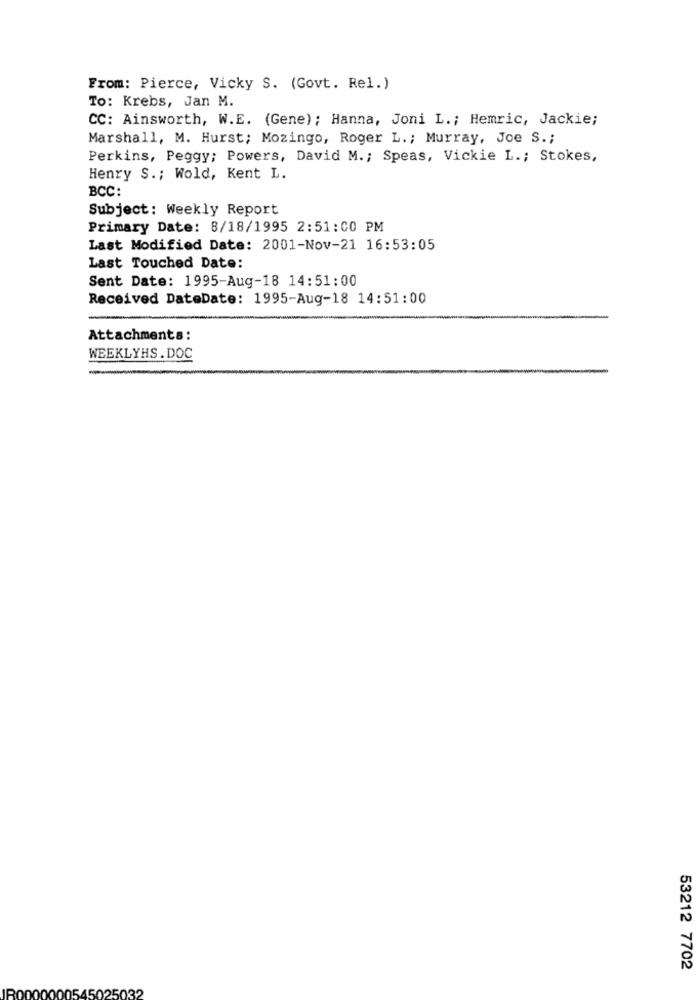
From: Pierce, Vicky S. (Govt. Rel.)
To: Krebs, Jan M.
CC: Ainsworth, W.E. (Gene); Hanna, Joni L .; Hemric, Jackie;
Marshall, M. Hurst; Mozingo, Roger L .; Murray, Joe S .;
Perkins, Peggy; Powers, David M .; Speas, Vickie L .; Stokes,
Henry S .; Wold, Kent L.
BCC:
Subject: Weekly Report
Primary Date: 8/18/1995 2:51:00 PM
Last Modified Date: 2001-Nov-21 16:53:05
Last Touched Date:
Sent Date: 1995-Aug-18 14:51:00
Received DateDate: 1995-Aug-18 14:51:00
Attachments:
WEEKLYHS . DOC
53212 7702